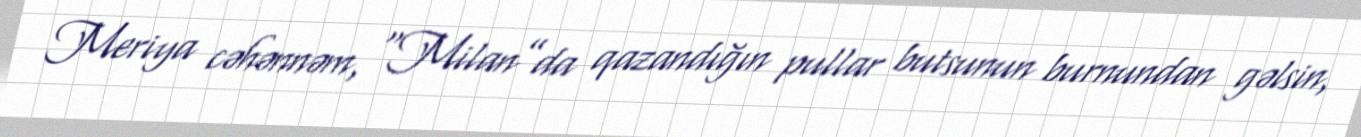
Meriya cəhənnəm, “Milan”da qazandığın pullar butsunun burnundan gəlsin,